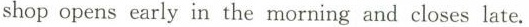
shop opens early in the morning and closes late.